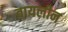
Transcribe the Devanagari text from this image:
वायलीन